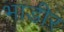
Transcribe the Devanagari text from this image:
भाडीर